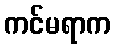
ကင်မရာက